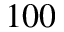
1 0 0